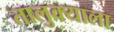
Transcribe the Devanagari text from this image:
तालुक्‍याला